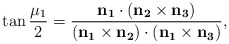
\begin{align*} \tan{\frac{\mu_1}2} = \frac{\bf{n}_1\cdot(\bf{n}_2\times\bf{n}_3)} {(\bf{n}_1\times\bf{n}_2)\cdot(\bf{n}_1\times\bf{n}_3)},\end{align*}